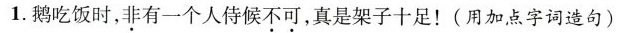
1.鹅吃饭时，非有一个人侍候不可，真是架子十足！(用加点字词造句)